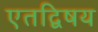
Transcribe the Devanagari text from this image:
एतद्विषय